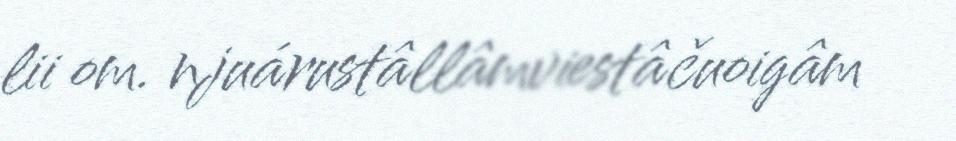
lii om. njuárustâllâmviestâčuoigâm